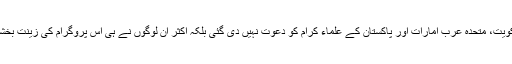
اس پروگرام میں کسی بھی بڑے سنی ملکوں جیسے قطر، سعودی عرب، کویت، متحدہ عرب امارات اور پاکستان کے علماء کرام کو دعوت نہیں دی گئی بلکہ اکثر ان لوگوں نے ہی اس پروگرام کی زینت بخشی جو کہ سلفی ازم سے جلتے بھنتے ہیں اور عداوت و دشمنی رکھتے ہیں۔